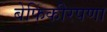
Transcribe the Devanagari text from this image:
बेफिकीरपणा